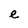
Character: e